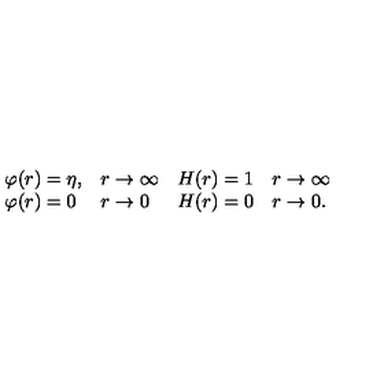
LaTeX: \begin{array} { l l } { \varphi ( r ) = \eta , } & { r \rightarrow \infty } \\ { \varphi ( r ) = 0 } & { r \rightarrow 0 } \\ \end{array} \begin{array} { l l } { H ( r ) = 1 } & { r \rightarrow \infty } \\ { H ( r ) = 0 } & { r \rightarrow 0 . } \\ \end{array}